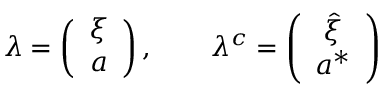
\lambda = \left( \begin{array} { c } { { \xi } } \\ { { a } } \end{array} \right) , ~ ~ ~ ~ ~ ~ \lambda ^ { c } = \left( \begin{array} { c } { { \hat { \xi } } } \\ { { a ^ { * } } } \end{array} \right)